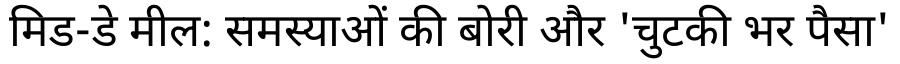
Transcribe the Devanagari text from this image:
मिड-डे मील: समस्याओं की बोरी और 'चुटकी भर पैसा'